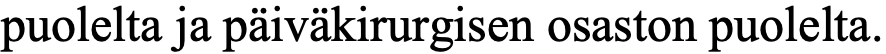
puolelta ja päiväkirurgisen osaston puolelta.